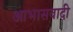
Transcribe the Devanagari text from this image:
आभासवादी